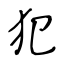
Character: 犯